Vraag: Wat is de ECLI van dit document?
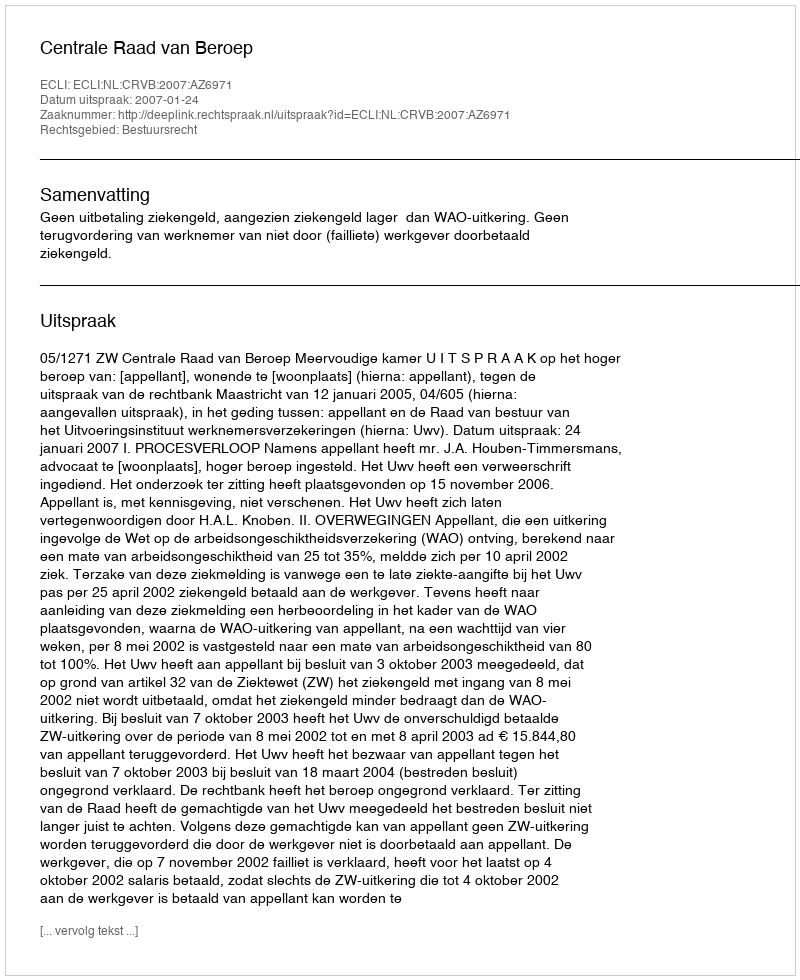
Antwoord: ECLI:NL:CRVB:2007:AZ6971